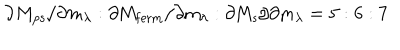
\partial M _ { \mathrm { p s } } / \partial m _ { \lambda } : \partial \mathrm { M _ { f e r m } / \partial m _ { \ l a m b d a } : \partial M _ { \mathrm { s } } / \partial m _ { \ l a m b d a } = 5 : 6 : 7 }